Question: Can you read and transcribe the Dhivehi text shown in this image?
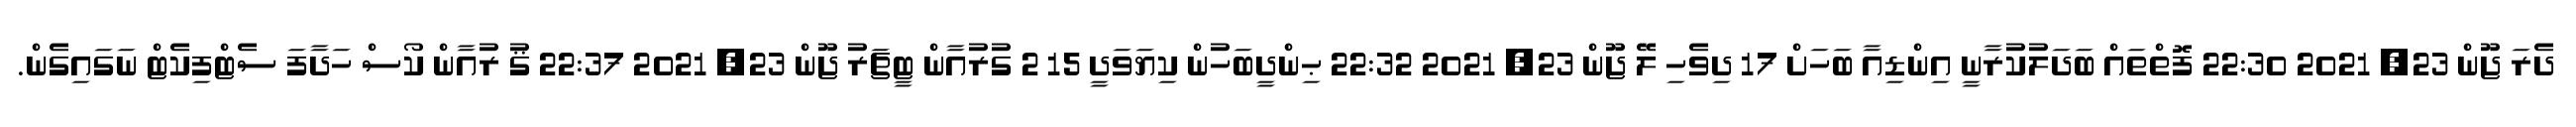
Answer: ދެރަ ޖޫން 23, 2021 22:30 ފޮތްތައް ބަދަލުކުރާނީ އިންޑިއާ ބަހަށް 17 ދިވެހި ލޭ ޖޫން 23, 2021 22:32 ޙިންދީބަހުން ކިޔަވަދީ 15 2 ގުރުއާން ޓީޗަރު ޖޫން 23, 2021 22:37 ޤު ރުއާން ކޯސް ހަދާފަ ސެޓްފިކެޓް ނަގައިގެން.